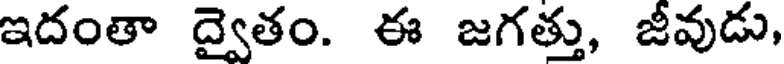
ఇదంతా ద్వైతం. ఈ జగత్తు, జీవుడు,